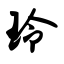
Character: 玲